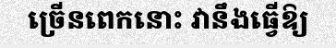
ច្រើនពេកនោះ វានឹងធ្វើឱ្យ